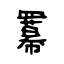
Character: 羃